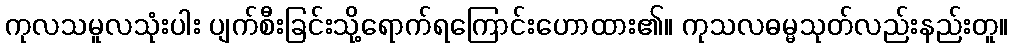
ကုလသမူလသုံးပါး ပျက်စီးခြင်းသို့ရောက်ရကြောင်းဟောထား၏။ ကုသလဓမ္မသုတ်လည်းနည်းတူ။